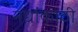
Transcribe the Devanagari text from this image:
नद्यांकाठी